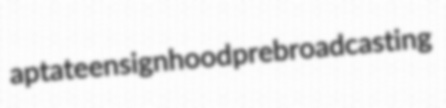
aptate ensignhood prebroadcasting